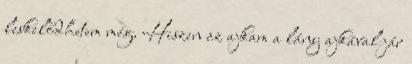
leskelődhetem még. Hiszen az ajkam a lány ajkával jár